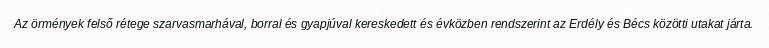
Az örmények felső rétege szarvasmarhával, borral és gyapjúval kereskedett és évközben rendszerint az Erdély és Bécs közötti utakat járta.